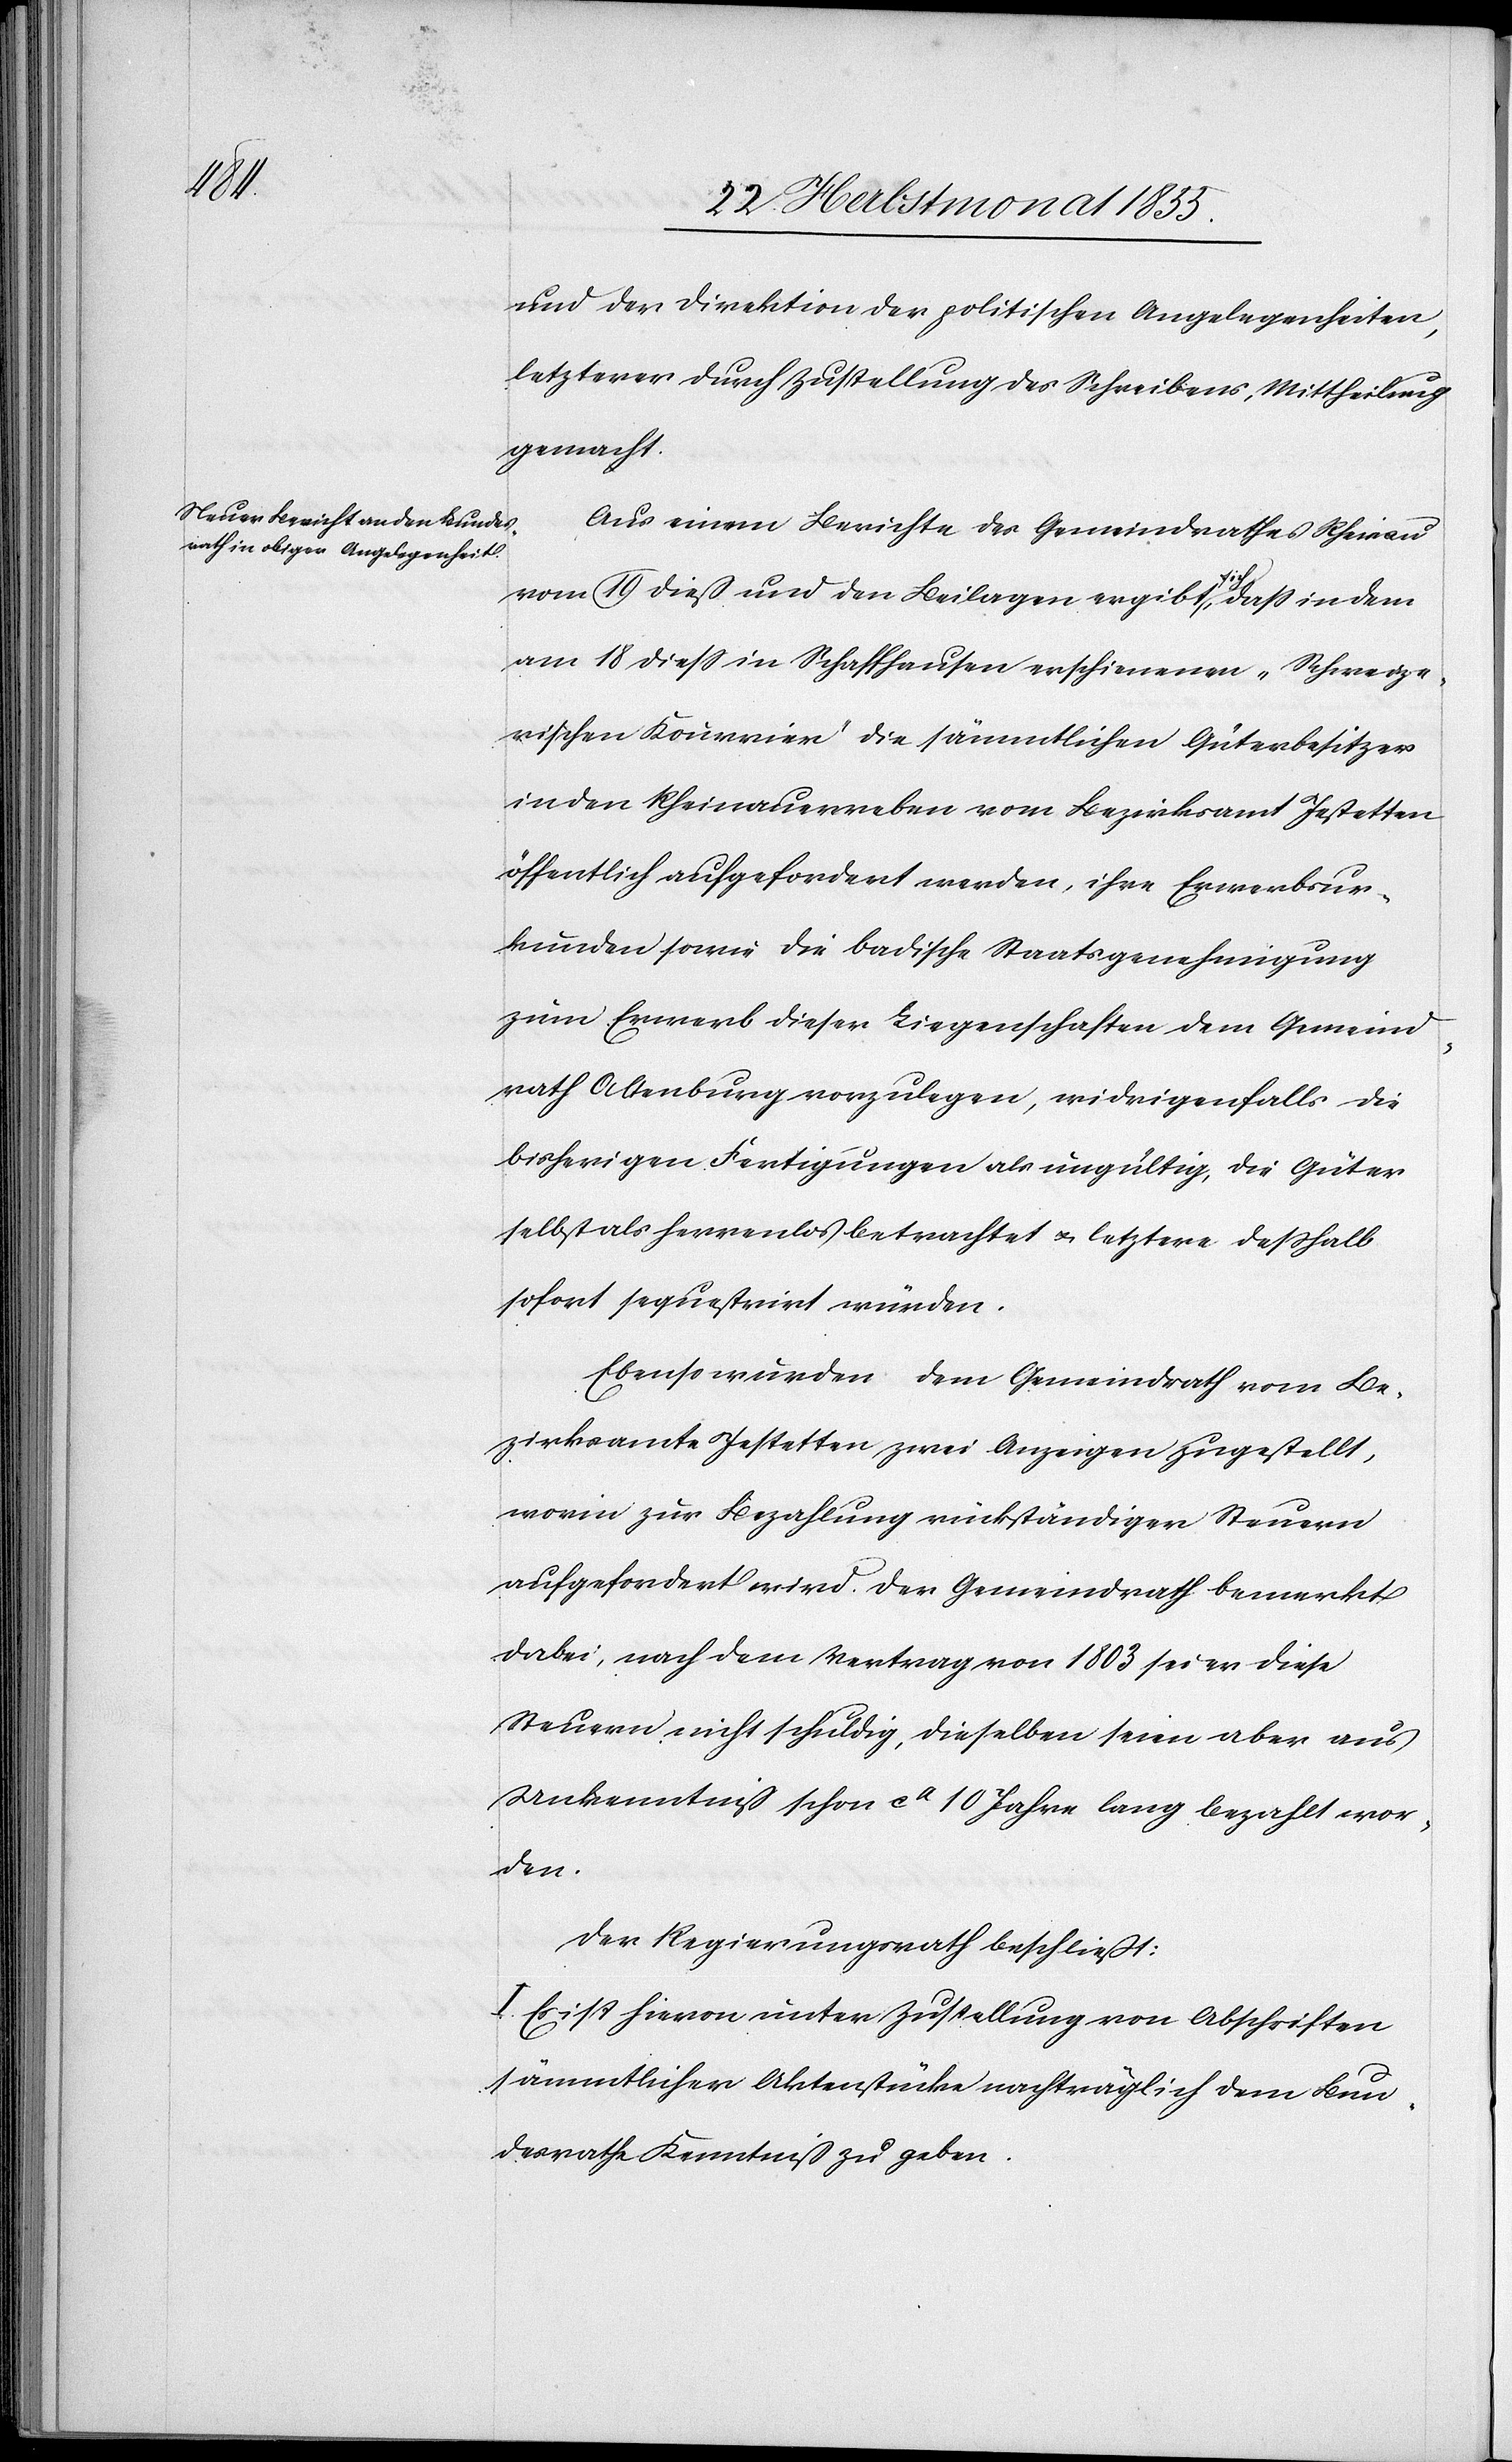
und der Direktion der politischen Angelegenheiten,
letzterer durch Zustellung des Schreibens, Mittheilung
gemacht.
Aus einem Berichte des Gemeindrathes Rheinau
vom 19 dieß und den Beilagen ergibt sich, dass in dem
am 18 diess in Schaffhausen erschienenen „Schweize¬
rischen Kourrier“ die sämmtlichen Güterbesitzer
in den Rheinauerreben vom Bezirksamt Jestetten
öffentlich aufgefordert werden, ihre Erwerbsur¬
kunden sowie die badische Staatsgenehmigung
zum Erwerb dieser Liegenschaften dem Gemeind¬
rath Altenburg vorzulegen, widrigenfalls die
bisherigen Fertigungen als ungültig, die Güter
selbst als herrenlos betrachtet & letztere deßhalb
sofort sequestrirt würden.
Ebenso wurden dem Gemeindrath vom Be¬
zirksamte Jestetten zwei Anzeigen zugestellt,
worin zur Bezahlung rückständiger Steuern
aufgefordert wird. Der Gemeindrath bemerkt
dabei, nach dem Vertrag von 1803 sei er diese
Steuern nicht schuldig, dieselben seien aber aus
Unkenntniß schon ca 10 Jahre lang bezahlt wor¬
den.
Der Regierungsrath beschließt:
I. Es ist hievon unter Zustellung von Abschriften
sämmtlicher Aktenstücke nachträglich dem Bun¬
desrathe Kenntniß zu geben.